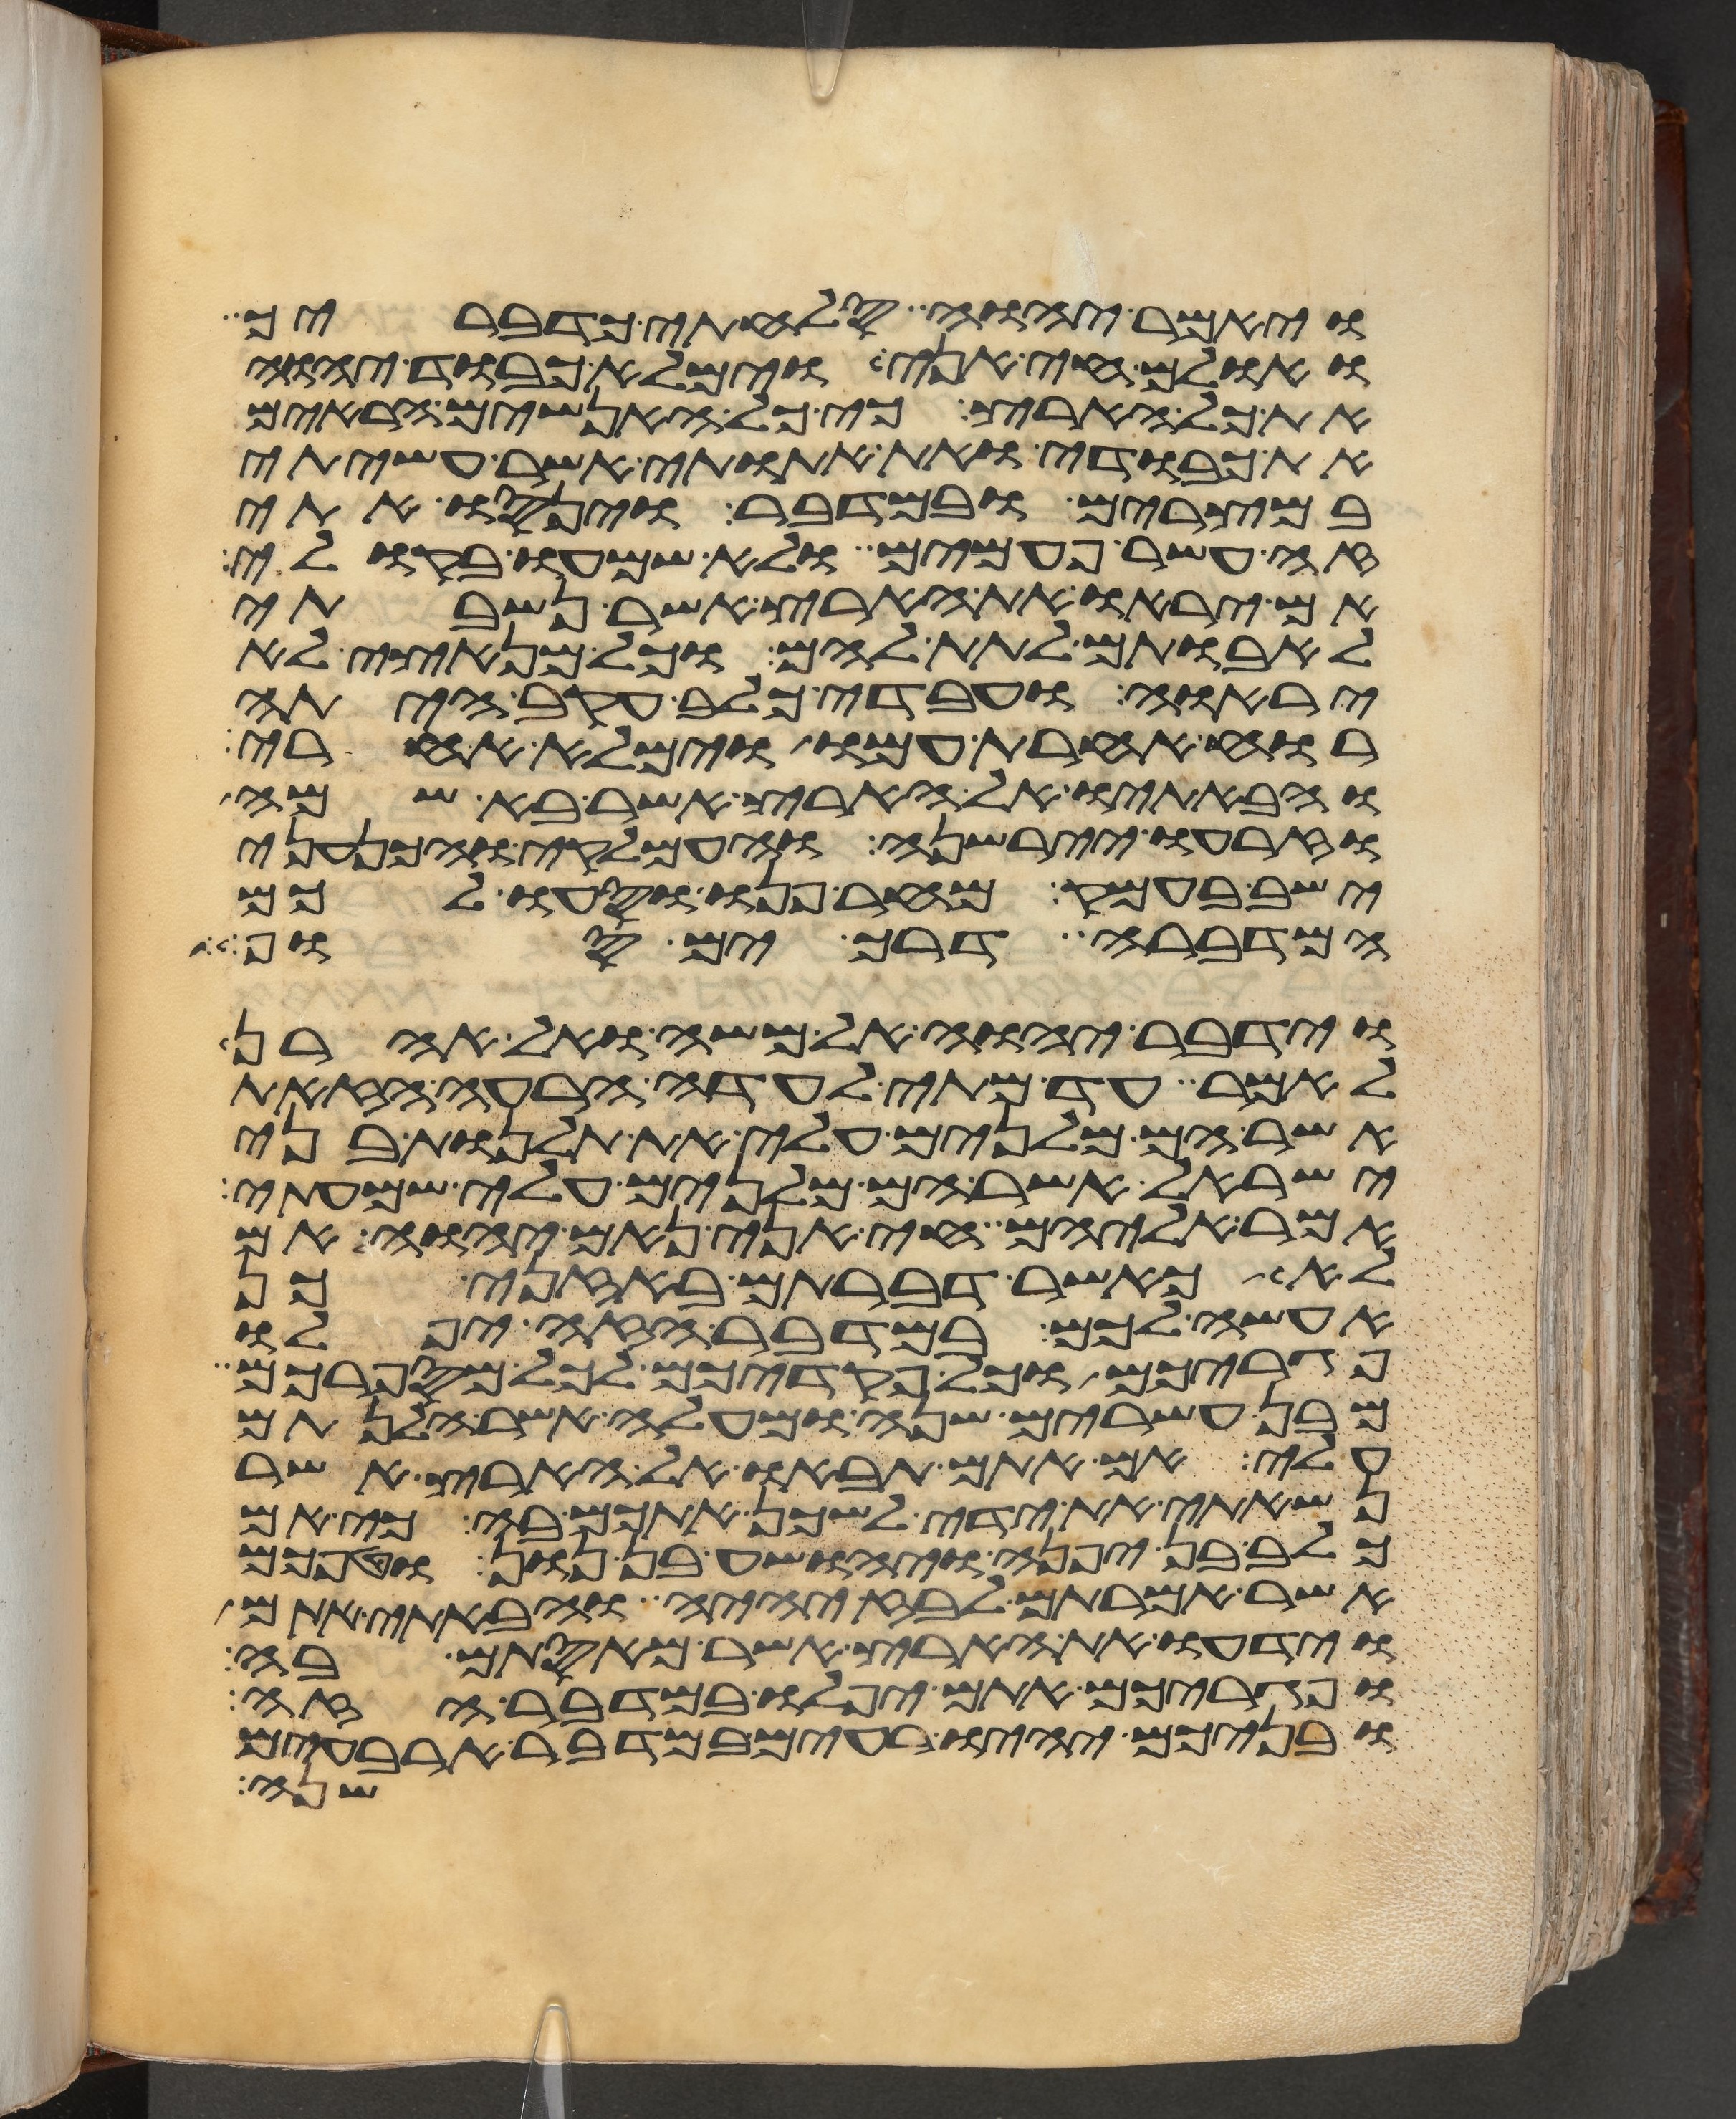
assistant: ויאמר יהוה סלחתי כדבריך
ואולם חי אני וימלא כבוד יהוה
את כל הארץ כי כל האנשים הראים
את כבודי ואת אתותי אשר עשיתי
במצרים ובמדבר וינסו אתי
זה עשר פעמים ולא שמעו בקולי
אם יראו את הארץ אשר נשבעתי
לאבותם לתת להם וכל מנאצי לא
יראוה ועבדי כלב עקב היתה
רוח אחרת עמו וימלא אחרי
והבאתיו אל הארץ אשר בא שמה
וזרעו יירשנה והעמלקי והכנעני
ישב בעמק מחר פנו וסעו לכם
המדברה דרך ים סוף
וידבר יהוה אל משה ואל אהרן
לאמר עד מתי לעדה הרעה הזאת
אשר הם מלנים עלי את תלנות בני
ישראל אשר הם מלנים עלי שמעתי
אמר אליהם חי אני נאם יהוה אם
לא כאשר דברתם באזני כן
אעשה לכם במדבר הזה יפלו
פגריכם וכל פקדיכם לכל מספרכם
מבן עשרים שנה ומעלה אשר הלנתם
עלי אם אתם תבאו אל הארץ אשר
נשאתי את ידי לשכן אתכם בה כי אם
כלב בן יפנה ויהושע בן נון וטפכם
אשר אמרתם לבוז יהיה והבאתי אתם
וידעו את הארץ אשר מאסתם בה
ופגריכם אתם יפלו במדבר הזה
ובניכם יהיו רעים במדבר ארבעים
שני